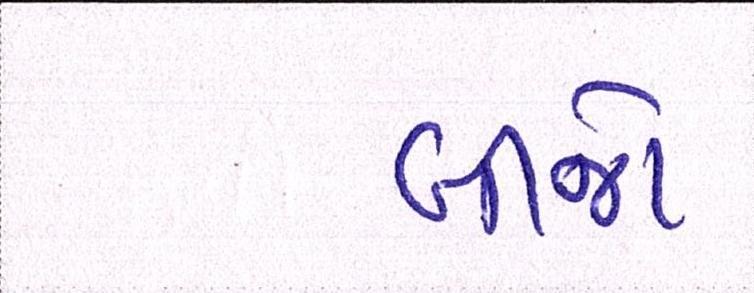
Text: બીજો